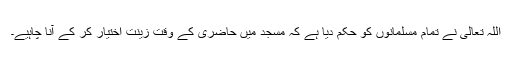
اللہ تعالیٰ نے تمام مسلمانوں کو حکم دیا ہے کہ مسجد میں حاضری کے وقت زینت اختیار کر کے آنا چاہیے۔